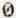
0